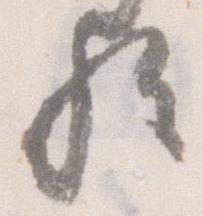
歟